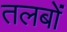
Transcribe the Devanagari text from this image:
तलबों